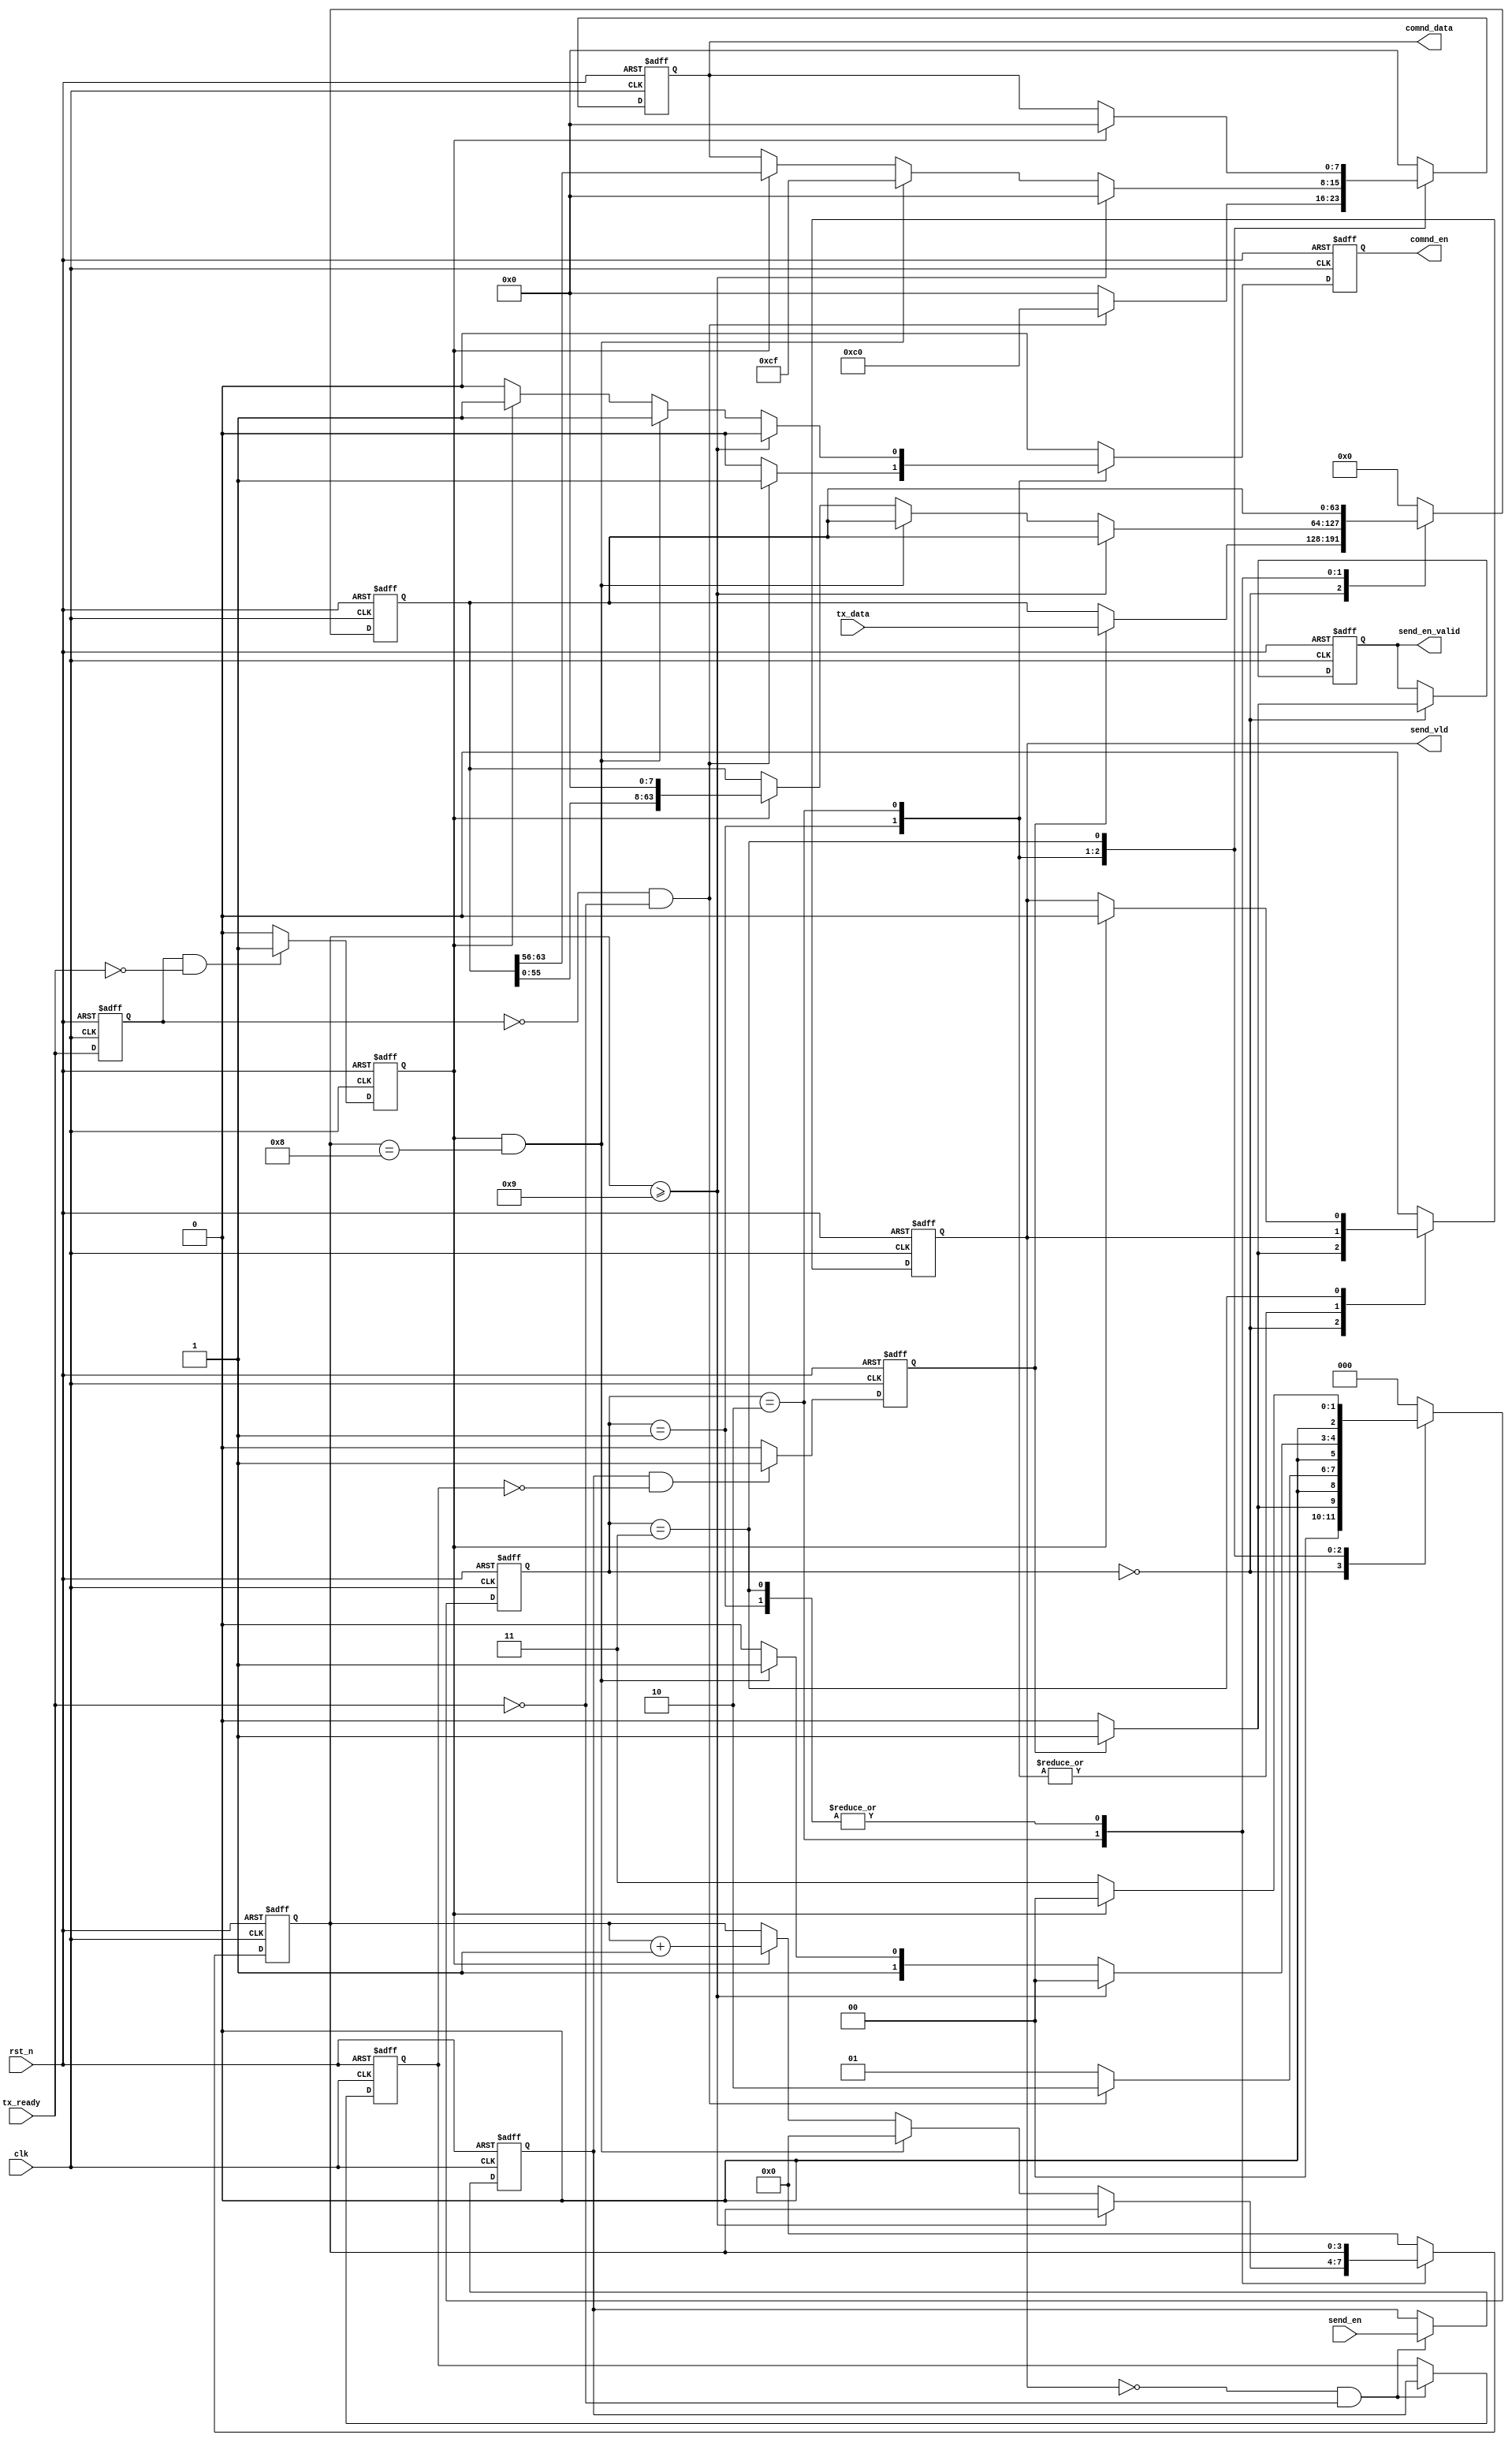
module tx_decode(
input clk,					// 
input rst_n,				//

input tx_ready,				//
input [63:0] tx_data,		//	RS232byte,byte
input send_en,		//64
output send_en_valid,		//FPGA,
output [7:0] comnd_data,	//
output comnd_en,			//
output send_vld				//64
);

parameter		IDLE		=	3'd0,
				SD_START	=	3'd1,
				SD_DATA		=	3'd2,
				SD_STOP		=	3'd3,
				LENTH_RV	= 	4'd10;

reg [7:0] comnd_data_r = 8'd0;
reg [2:0] sd_state = 3'd0;
reg [3:0] sd_cnt = 4'd0;
reg send_vld_r = 1'b0;
reg comnd_en_r = 1'b0;
reg send_en_valid_r = 1'b0;
				
reg tx_ready_d1 = 1'b0;
reg [63:0] tx_data_r = 64'd0;
reg send_en_d1 = 1'b0,send_en_d2 = 1'b0;
reg ngready_en = 1'b0;		//
reg pgsend_en = 1'b0;			//

assign comnd_data 	= 	comnd_data_r;
assign comnd_en		= 	comnd_en_r;
assign send_vld 	= 	send_vld_r;
assign send_en_valid	= 		send_en_valid_r;


////////////////10c0cf///////////////
always @ (posedge clk or negedge rst_n) begin
	if(!rst_n) 	begin
		send_en_d1 		<=		1'b0;			//
		send_en_d2 		<=		1'b0;
	end
	else if(~send_vld_r & ~tx_ready)	begin
			send_en_d1		<=		send_en;
			send_en_d2		<=		send_en_d1;
	end
end

always @ (posedge clk or negedge rst_n) begin
	if(!rst_n) 	tx_ready_d1		<= 		1'b0;			//
	else		tx_ready_d1		<=		tx_ready;
end

// assign	ngready_en = tx_ready_d1 & (~tx_ready);		//1byte
always @ (posedge clk or negedge rst_n) begin
	if(!rst_n) 	
			ngready_en		<= 		1'b0;			//
	else if (tx_ready_d1 && (!tx_ready)) 
			ngready_en		<= 		1'b1;
	else	
			ngready_en		<= 		1'b0;
end
// assign	pgsend_en  = send_en_d1  & (~send_en_d2);	//64
always @ (posedge clk or negedge rst_n) begin
	if(!rst_n) 	
			pgsend_en		<= 		1'b0;			//
	else if (send_en_d1 && (!send_en_d2)) 
			pgsend_en		<= 		1'b1;
	else	
			pgsend_en		<= 		1'b0;
end

always @ (posedge clk or negedge rst_n) begin
	if(!rst_n) begin
			comnd_data_r 	<= 		8'd0;
			sd_state 		<= 		IDLE;
			sd_cnt			<= 		4'd0;
			send_vld_r	 	<= 		1'b0;
			comnd_en_r		<=		1'b0;
			tx_data_r		<=		64'd0;
			send_en_valid_r <= 		1'b0;
		end
	else begin
	 case(sd_state)
	 IDLE : begin		//
			comnd_data_r 	<= 		8'd0;
			sd_cnt			<= 		4'd0;
			// send_vld_r	 	<= 		1'b0;
			comnd_en_r		<=		1'b0;
		
			if(pgsend_en) begin
				sd_state 		<= 		SD_START;
				send_vld_r	 	<= 		1'b1;
				send_en_valid_r <= 		1'b1;
				tx_data_r		<=		tx_data;
			end
			else begin
				sd_state 		<= 		IDLE;
				send_vld_r	 	<= 		1'b0;
				send_en_valid_r <= 		1'b0;
			end
	 end
	 SD_START : begin	//
			if( (~tx_ready_d1) & (~tx_ready)) begin		//
				comnd_en_r		<=		1'b1;
				comnd_data_r	<=		8'hc0;
				sd_state 		<= 		SD_DATA;
			end
			else begin
				comnd_en_r		<=		1'b0;
				comnd_data_r	<=		8'h00;
				sd_state 		<= 		SD_START;
			end
	 end
	 SD_DATA : begin
			if(sd_cnt >= 4'd9)	begin	//
				comnd_en_r		<=		1'b0;
				comnd_data_r	<=		8'h00;
				sd_state 		<= 		IDLE;
			end
			else if( ngready_en & (sd_cnt == 4'd8)) begin	//8cf
				sd_cnt 			<= 		4'd0;
				sd_state 		<= 		SD_STOP;
				comnd_en_r		<=		1'b1;
				comnd_data_r	<=		8'hcf;   
			//	comnd_data_r	<=		8'h0a; 
				// tx_data_r[63:0] <= {8'h0,tx_data_r[63:7]};
			end
			else if(ngready_en) begin	//
				sd_cnt 			<= 		sd_cnt + 1'b1;
				sd_state 		<= 		SD_DATA;
				comnd_en_r		<=		1'b1;
				comnd_data_r	<=		tx_data_r[63:56];
				tx_data_r[63:0] <= 		{tx_data_r[55:0],8'h0};
			end
			else begin
				comnd_en_r		<=		1'b0;
				// comnd_data_r	<=		8'h00;
				sd_state 		<= 		SD_DATA;
			end
	 
	 end
	 SD_STOP : begin
			if(ngready_en) begin		//IDLE
				comnd_en_r		<=		1'b0;
				comnd_data_r	<=		8'h00;
				sd_state 		<= 		IDLE;
				send_vld_r	 	<= 		1'b0;
			end
			else begin
				comnd_en_r		<=		1'b0;
				sd_state 		<= 		SD_STOP;
			end
	 end
	 default : begin
			comnd_data_r 	<= 		8'd0;
			sd_state 		<= 		IDLE;
			sd_cnt			<= 		4'd0;
			send_vld_r	 	<= 		1'b0;
			tx_data_r		<=		64'd0;
			comnd_en_r		<=		1'b0;
	 end
	 endcase 
	end
end



endmodule